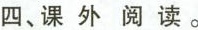
四、课外阅读。